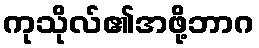
ကုသိုလ်၏အဖို့ဘာဂ